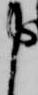
申